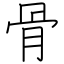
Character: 骨